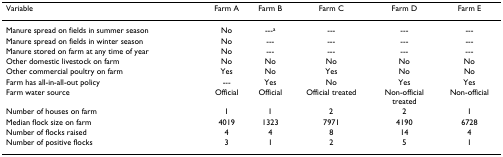
<table><thead><tr><td><b>Variable</b></td><td><b>Farm A</b></td><td><b>Farm B</b></td><td><b>Farm C</b></td><td><b>Farm D</b></td><td><b>Farm E</b></td></tr></thead><tbody><tr><td>Manure spread on fields in summer season</td><td>No</td><td>---<sup>a</sup></td><td>---</td><td>---</td><td>---</td></tr><tr><td>Manure spread on fields in winter season</td><td>No</td><td>---</td><td>---</td><td>---</td><td>---</td></tr><tr><td>Manure stored on farm at any time of year</td><td>No</td><td>---</td><td>---</td><td>---</td><td>---</td></tr><tr><td>Other domestic livestock on farm</td><td>No</td><td>No</td><td>No</td><td>No</td><td>No</td></tr><tr><td>Other commercial poultry on farm</td><td>Yes</td><td>No</td><td>Yes</td><td>No</td><td>No</td></tr><tr><td>Farm has all-in-all-out policy</td><td>---</td><td>Yes</td><td>No</td><td>Yes</td><td>Yes</td></tr><tr><td>Farm water source</td><td>Official</td><td>Official</td><td>Official treated</td><td>Non-official treated</td><td>Non-official</td></tr><tr><td>Number of houses on farm</td><td>1</td><td>1</td><td>2</td><td>2</td><td>1</td></tr><tr><td>Median flock size on farm</td><td>4019</td><td>1323</td><td>7971</td><td>4190</td><td>6728</td></tr><tr><td>Number of flocks raised</td><td>4</td><td>4</td><td>8</td><td>14</td><td>4</td></tr><tr><td>Number of positive flocks</td><td>3</td><td>1</td><td>2</td><td>5</td><td>1</td></tr></tbody></table>